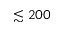
\lesssim 2 0 0